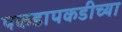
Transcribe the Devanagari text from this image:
पकडापकडीच्या